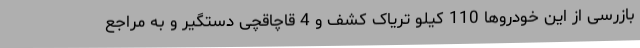
بازرسی از این خودروها 110 کیلو تریاک کشف و 4 قاچاقچی دستگیر و به مراجع